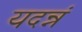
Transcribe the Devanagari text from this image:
यदन्नं